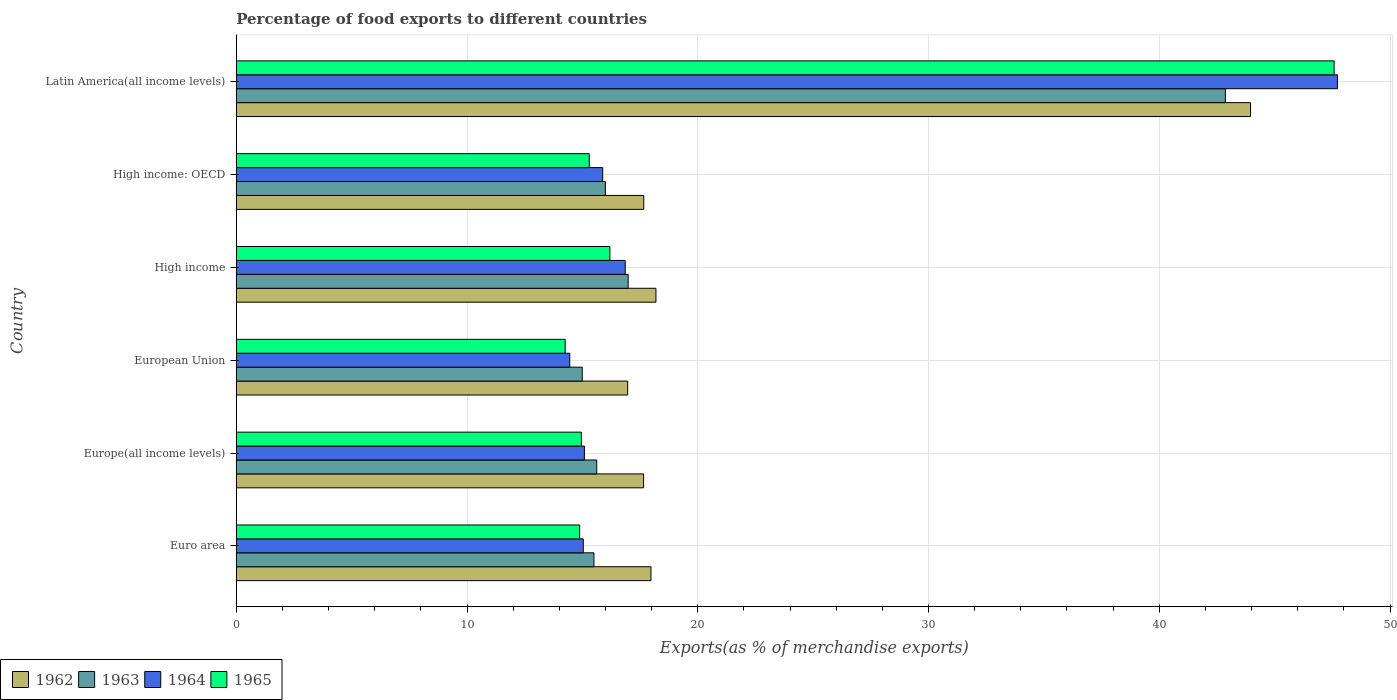
| Country | 1962 | 1963 | 1964 | 1965 |
 | --- | --- | --- | --- | --- |
 | Euro area | 18 | 15.5 | 15 | 14.9 |
 | Europe(all income levels) | 17.7 | 15.6 | 15.1 | 15 |
 | European Union | 17 | 15 | 14.5 | 14.3 |
 | High income | 18.2 | 17 | 16.9 | 16.2 |
 | High income: OECD | 17.7 | 16 | 15.9 | 15.3 |
 | Latin America(all income levels) | 44 | 42.9 | 47.7 | 47.6 |